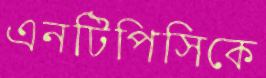
এনটিপিসিকে